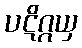
ပဋိဂ္ဂယှ